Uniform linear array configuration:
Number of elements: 48
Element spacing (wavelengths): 0.75
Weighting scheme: hann
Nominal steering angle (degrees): -30
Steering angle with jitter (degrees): -29.387
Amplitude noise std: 0.05
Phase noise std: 0.05

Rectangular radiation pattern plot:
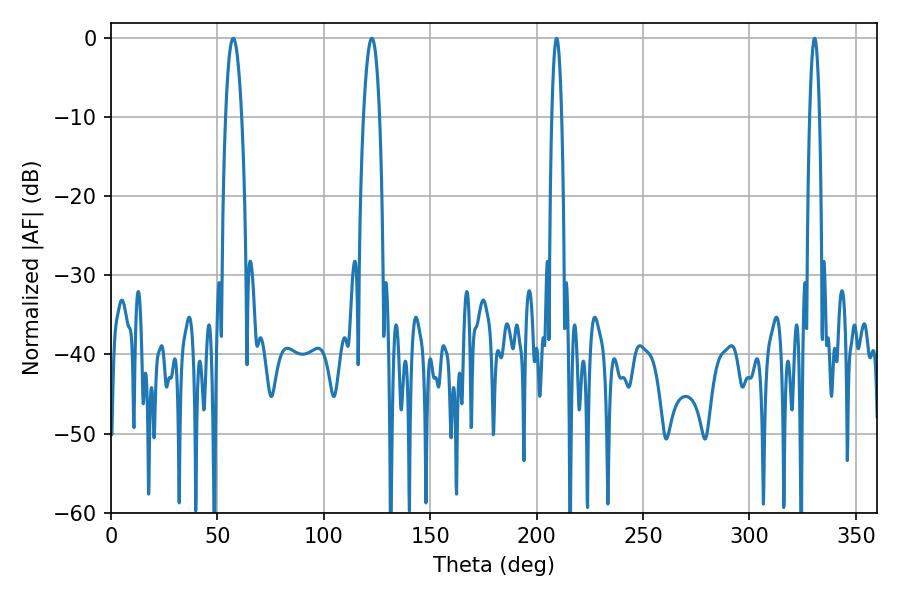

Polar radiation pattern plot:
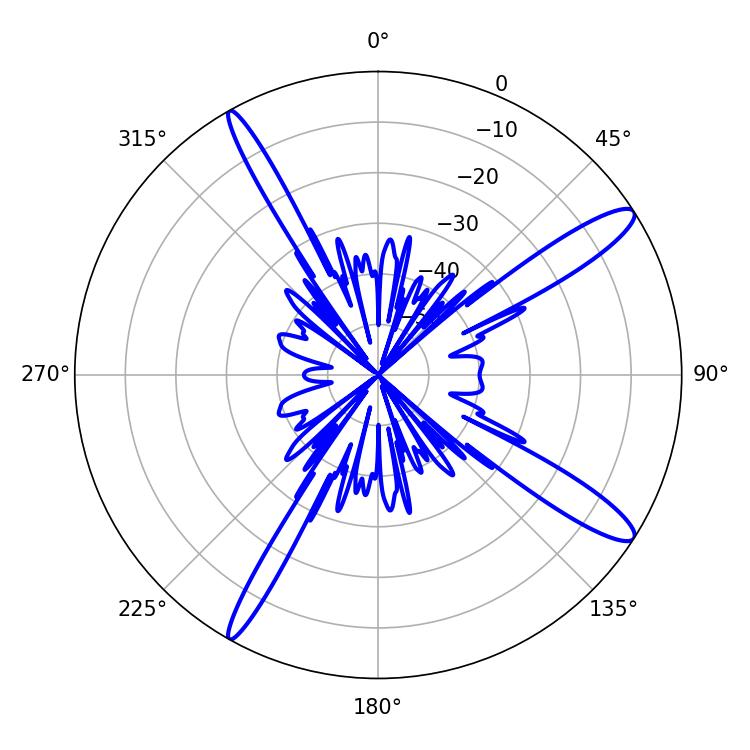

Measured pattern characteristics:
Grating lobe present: TRUE
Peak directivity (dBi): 13.688
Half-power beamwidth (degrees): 4.14
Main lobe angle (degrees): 57.42